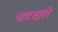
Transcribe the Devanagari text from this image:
चटखारे